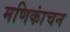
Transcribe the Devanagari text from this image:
मणिकांचन